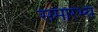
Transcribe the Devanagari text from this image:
समारभ्य